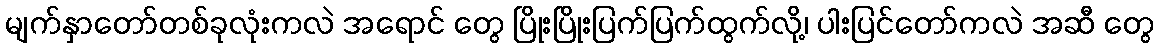
မျက်နှာတော်တစ်ခုလုံးကလဲ အရောင် တွေ ပြိုးပြိုးပြက်ပြက်ထွက်လို့၊ ပါးပြင်တော်ကလဲ အဆီ တွေ